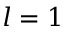
l = 1